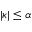
| \kappa | \leq \alpha